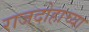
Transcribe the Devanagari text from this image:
राजदोहाच्या